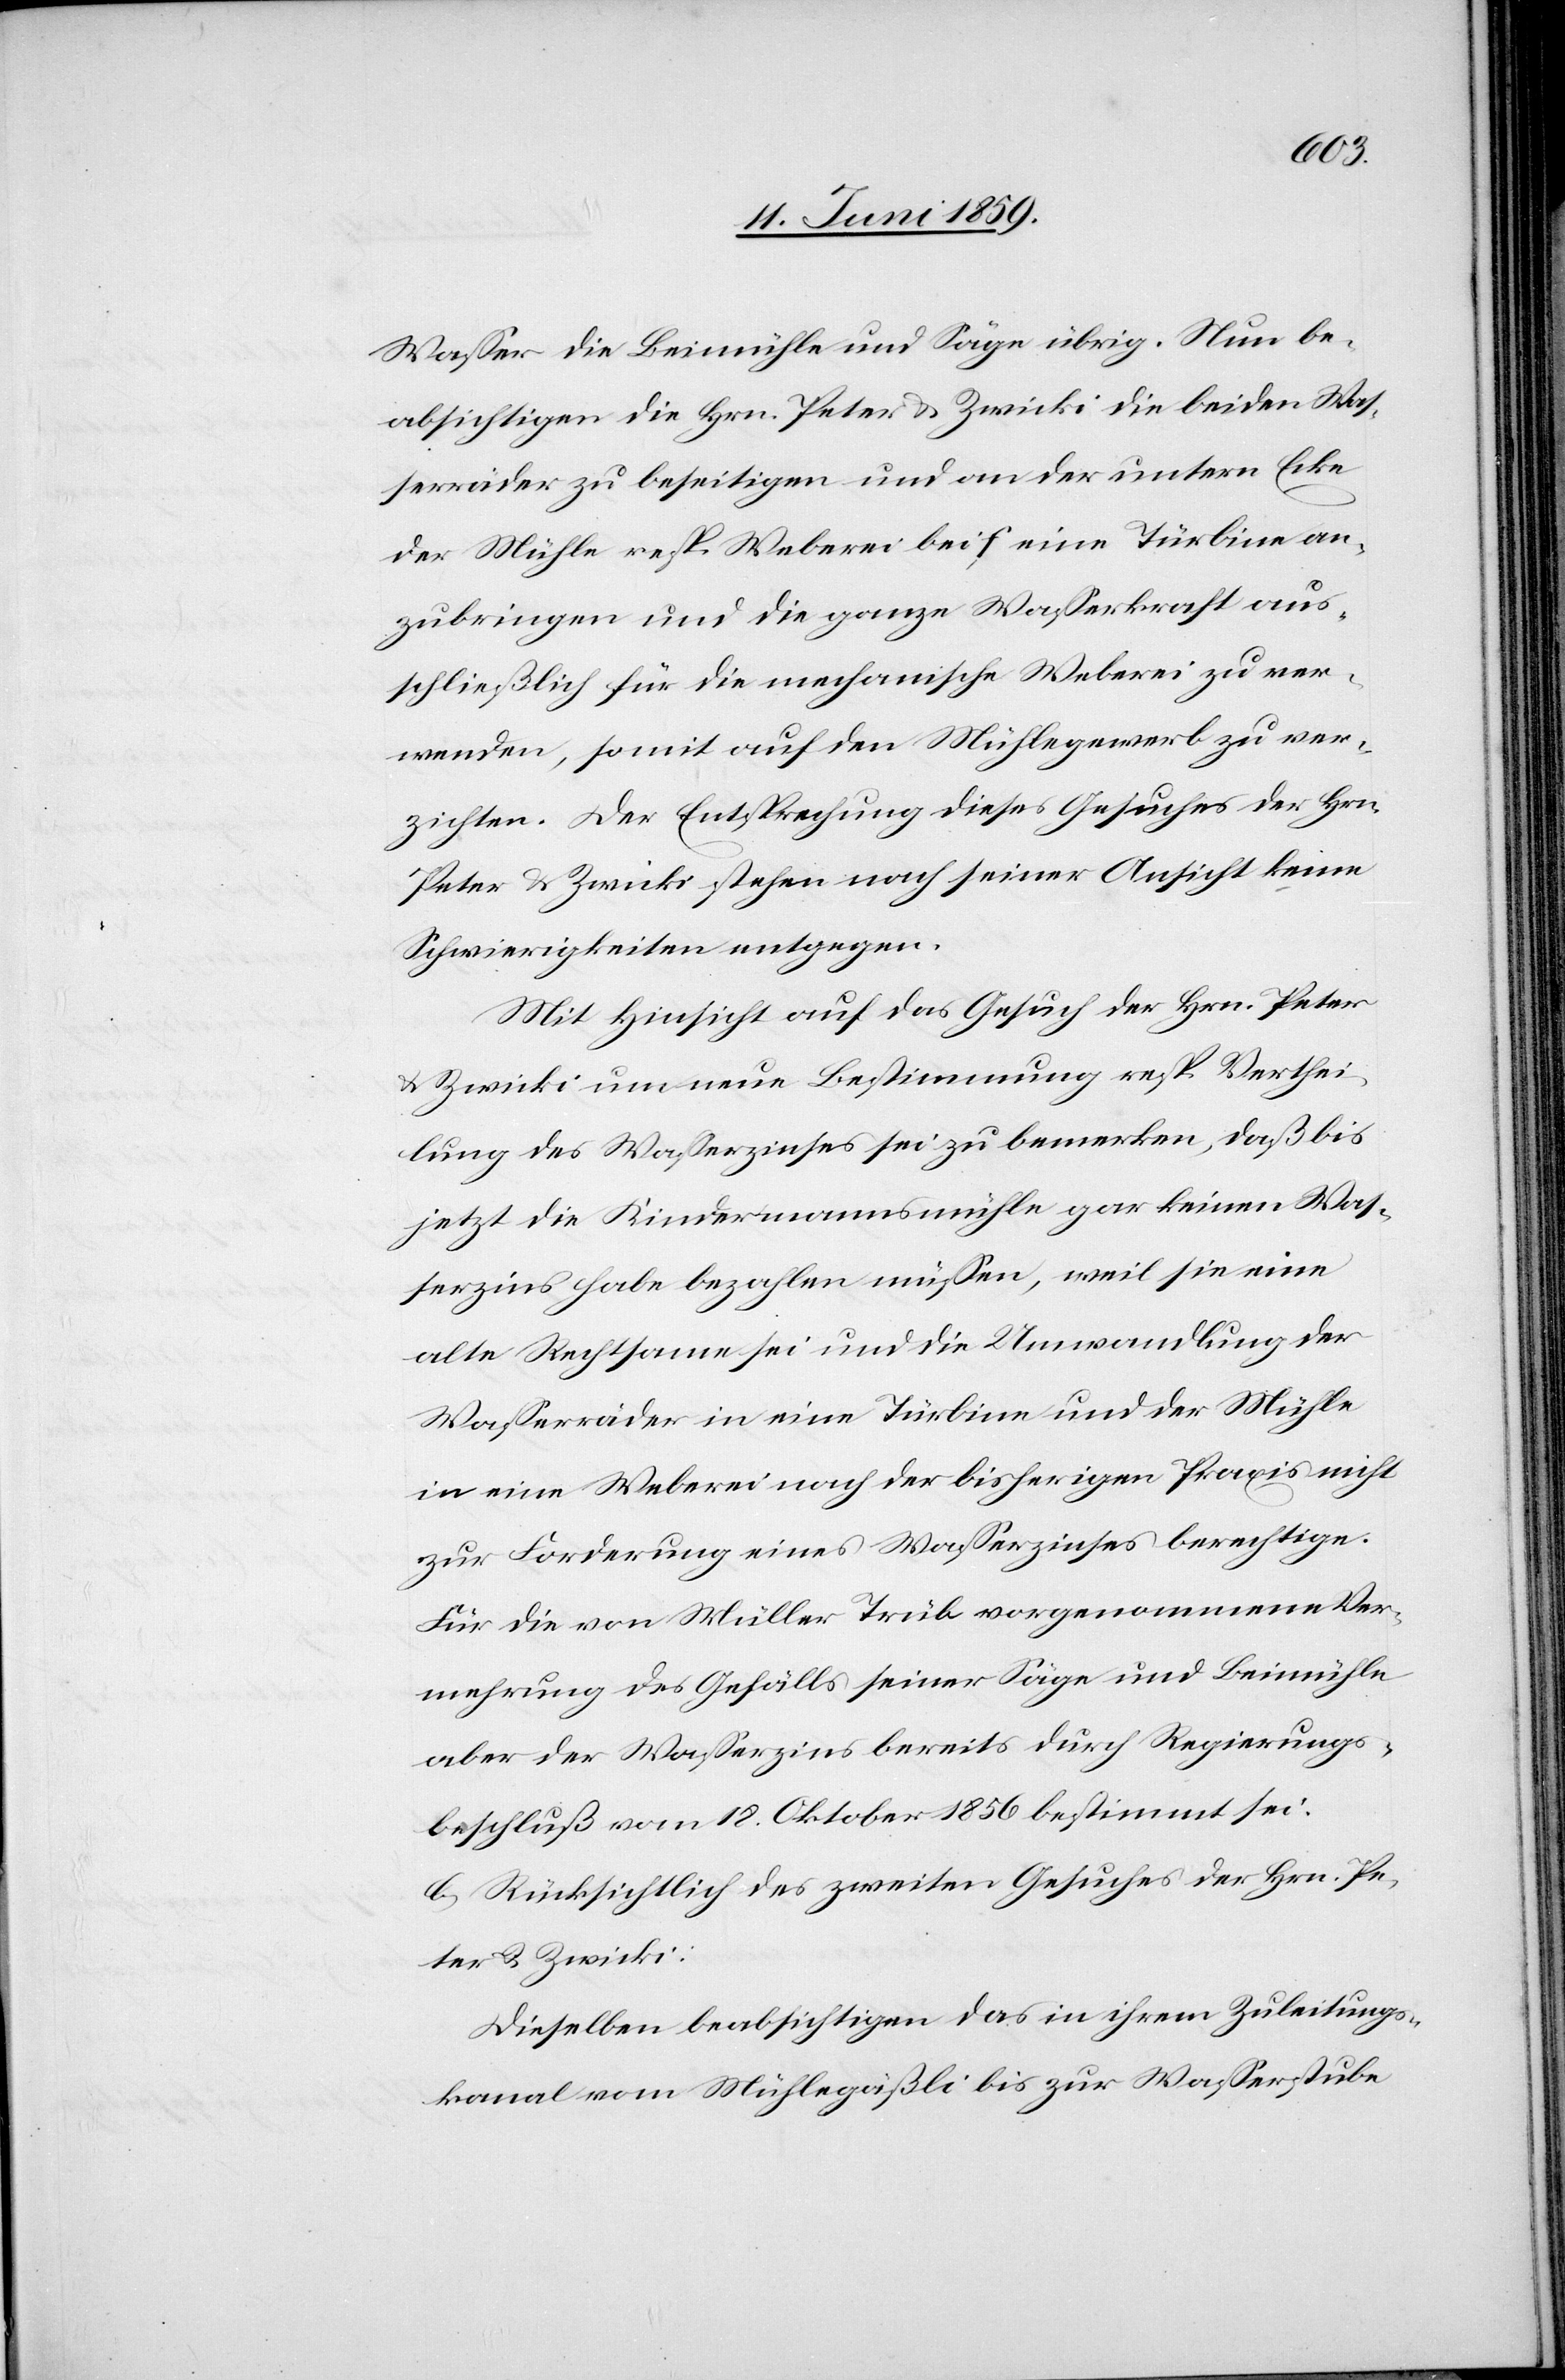
Wasser die Beimühle und Säge übrig. Nun be¬
absichtigen die Hrn. Peter & Zwicki die beiden Was¬
serräder zu beseitigen und an der untern Ecke
der Mühle resp Weberei bei f eine Türbine an¬
zubringen und die ganze Wasserkraft aus¬
schließlich für die mechanische Weberei zu ver¬
wenden, somit auf den Mühlegewerb zu ver¬
zichten. Der Entsprechung dieses Gesuches der Hrn.
Peter & Zwicki stehen nach seiner Ansicht keine
Schwierigkeiten entgegen.
Mit Hinsicht auf das Gesuch der Hrn. Peter
& Zwicki um neue Bestimmung resp Verthei¬
lung des Wasserzinses sei zu bemerken, daß bis
jetzt die Kindermannsmühle gar keinen Was¬
serzins habe bezahlen müssen, weil sie eine
alte Rechtsame sei und die Umwandlung der
Wasserräder in eine Türbine und der Mühle
in eine Weberei nach der bisherigen Praxis nicht
zur Forderung eines Wasserzinses berechtige.
Für die von Müller Trüb vorgenommene Ver¬
mehrung des Gefälls seiner Säge und Beimühle
aber der Wasserzins bereits durch Regierungs¬
beschluß vom 18. Oktober 1856 bestimmt sei.
b) Rücksichtlich des zweiten Gesuches der Hrn. Pe¬
ter u. Zwicki:
Dieselben beabsichtigen das in ihrem Zuleitungs¬
kanal vom Mühlegäßli bis zur Wasserstube